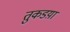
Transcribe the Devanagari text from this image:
तुकडय़ा